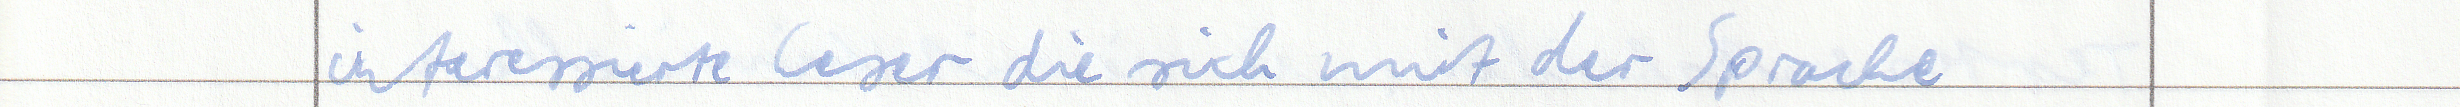
interessierte Leser die sich mit der Sprache